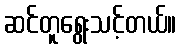
ဆင်တူရွေးသင့်တယ်။